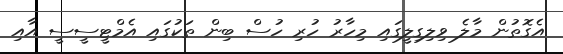
އެގޮތުން މާލެ ވިލިގިލީގައި މިހާރު ހުރި ހުސް ބިން ތަކުގައި އެމްޓީސީސީ އާއި